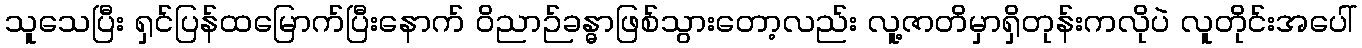
သူသေပြီး ရှင်ပြန်ထမြောက်ပြီးနောက် ဝိညာဉ်ခန္ဓာဖြစ်သွားတော့လည်း လူ့ဇာတိမှာရှိတုန်းကလိုပဲ လူတိုင်းအပေါ်